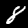
Label: 8